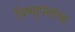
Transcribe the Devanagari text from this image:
विष्णुपंतांचा